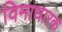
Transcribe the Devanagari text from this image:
विमाधारक